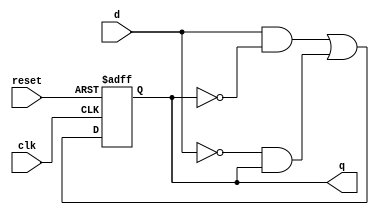
module TFF(d,clk,reset,q);
    input clk, reset;
    input wire d;
    output reg q;

    initial 
        q = 1'b0;

    always@(posedge clk or posedge reset)
    begin
        if(reset)
            q <= 1'b0;
        else
            q <= (d&(~q)) | ((~d)&q);
    end
endmodule

module mod9(clk,reset,q);
    input clk, reset;
    output [4:1] q;
    wire [4:1]inputs;

    assign inputs[1] = ~q[4];
    assign inputs[2] = q[1];
    assign inputs[3] = q[1]&q[2];
    assign inputs[4] = q[4]|q[1]&q[2]&q[3];

    TFF tff_1(inputs[1], clk, reset, q[1]);
    TFF tff_2(inputs[2], clk, reset, q[2]);
    TFF tff_3(inputs[3], clk, reset, q[3]);
    TFF tff_4(inputs[4], clk, reset, q[4]);
endmodule


module mod9tb;
    reg clk, reset;
    wire [4:1] q;

    initial
        begin
            $dumpfile("mod9.vcd");
            $dumpvars(0, mod9tb);
        end

    mod9 counter(clk, reset, q);


    initial
        begin
            reset=0;
            clk =0;
        end

    always #5  
        clk =  ! clk; 

    initial
        $monitor($time, ": clk=%b, rst=%b, q in decimal=%d , q in binary=%b", clk, reset, q,q);

    initial
        #130 $finish;
endmodule